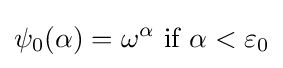
\psi _{0}(\alpha )=\omega ^{\alpha }{\text{ if }}\alpha <\varepsilon _{0}